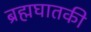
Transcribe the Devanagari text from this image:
ब्रह्मघातकी